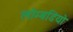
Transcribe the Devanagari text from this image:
लोम्बडियो